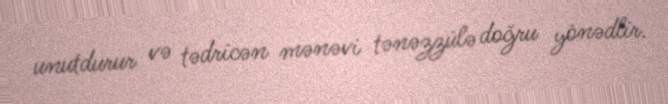
unutdurur və tədricən mənəvi tənəzzülə doğru yönədlir.